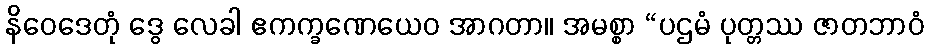
နိဝေဒေတုံ ဒွေ လေခါ ဧကက္ခဏေယေဝ အာဂတာ။ အမစ္စာ “ပဌမံ ပုတ္တဿ ဇာတဘာဝံ